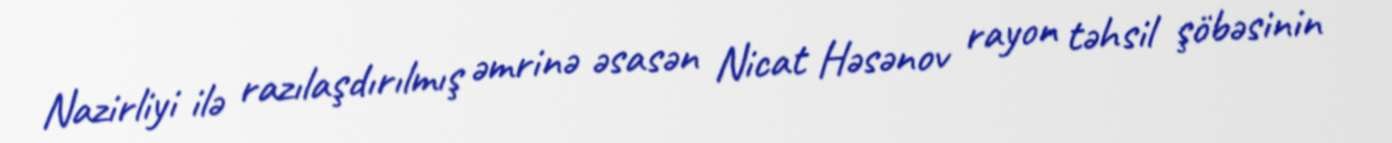
Nazirliyi ilə razılaşdırılmış əmrinə əsasən Nicat Həsənov rayon təhsil şöbəsinin